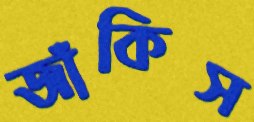
জাঁকিস